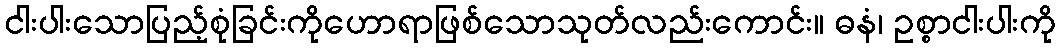
ငါးပါးသောပြည့်စုံခြင်းကိုဟောရာဖြစ်သောသုတ်လည်းကောင်း။ ဓနံ၊ ဥစ္စာငါးပါးကို